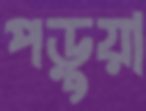
পড়ুয়া